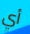
أي